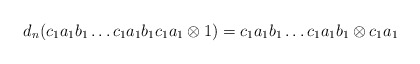
\begin{align*}d_n(c_1a_1b_1 \dots c_1a_1b_1c_1a_1 \otimes 1) = c_1a_1b_1 \dots c_1a_1b_1 \otimes c_1a_1\end{align*}